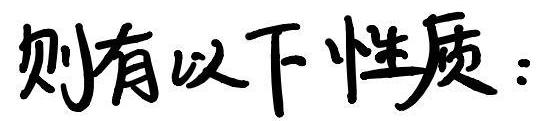
则有以下性质：